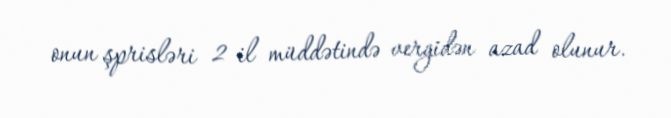
onun şprisləri 2 il müddətində vergidən azad olunur.